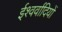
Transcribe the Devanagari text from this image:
ईश्वर्वादियों